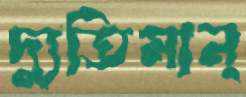
দ্যুতিমান্‌